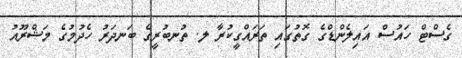
ގެސްޓް ހައުސް އައިލެންޑްގެ ގޮތުގައި ތަރައްގީކުރާ ލ. ތުނބުރީގެ ބަނދަރު ހެދުމުގެ މަޝްރޫއު